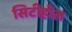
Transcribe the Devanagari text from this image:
सिटीहाँल